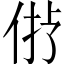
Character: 𠉝